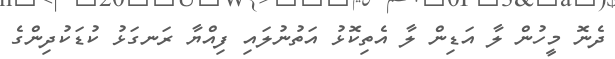
ދެނޮ މީހުން ލާ އަޑިން ލާ އެތިކޮޅު އަތުނުލައި ފިއްޔާ ރަނގަޅު ކުޑަކުދިންގެ